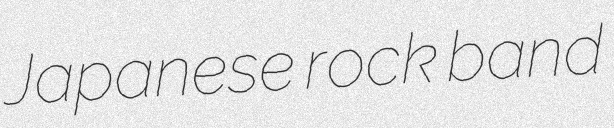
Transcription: Japanese rock band